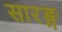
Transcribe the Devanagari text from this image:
सारङ्ग